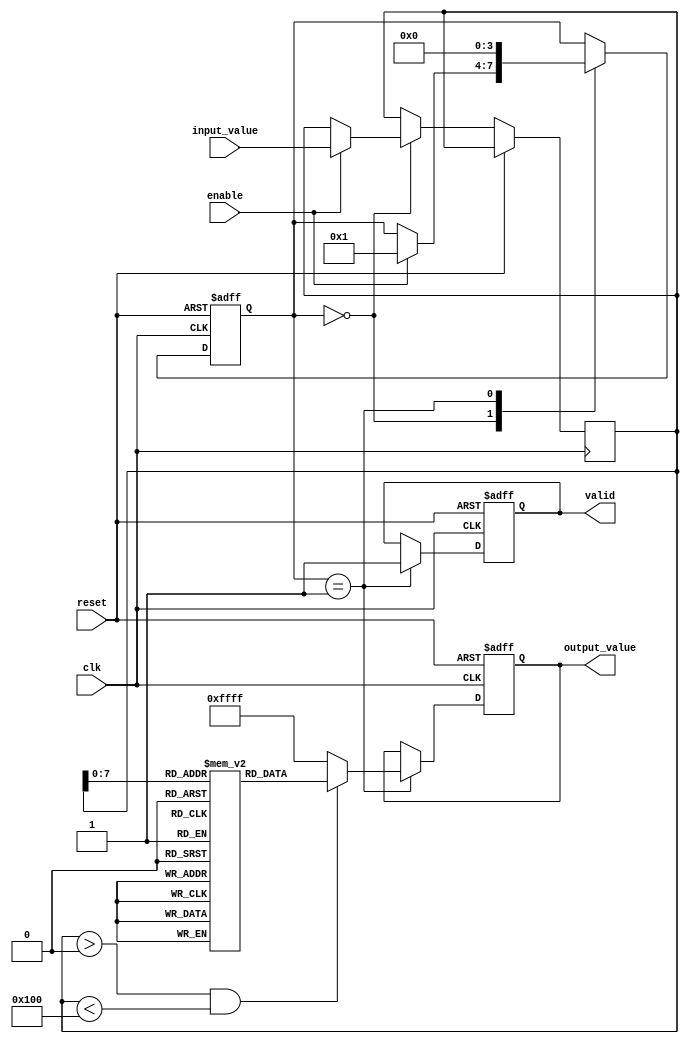
module LogarithmicUnit (
    input wire clk,
    input wire reset,
    input wire enable,
    input wire [15:0] input_value, // 16-bit fixed-point input
    output reg [15:0] output_value, // 16-bit fixed-point output
    output reg valid // Signal to indicate valid output
);

    // Internal states
    reg [15:0] input_buffer;
    reg [3:0] state; // State machine for control
    reg [15:0] log_table [0:255]; // Lookup table for log values (base 2)

    // Initialize the logarithm lookup table
    initial begin
        // Populate the log_table with precomputed values
        // Example: log_table[0] = 0, log_table[1] = 0, log_table[2] = 1, ...
        // This should be filled with actual logarithm values for base 2
        // For simplicity, we will just initialize a few values
        log_table[0] = 16'h0000; // log(1) = 0
        log_table[1] = 16'h0000; // log(0) is undefined, handle separately
        log_table[2] = 16'h0001; // log(2) = 1
        log_table[3] = 16'h0001; // log(3) ~ 1.585
        log_table[4] = 16'h0002; // log(4) = 2
        // Continue filling the table...
    end

    // State machine for processing
    always @(posedge clk or posedge reset) begin
        if (reset) begin
            state <= 0;
            output_value <= 16'h0000;
            valid <= 0;
        end else begin
            case (state)
                0: begin // Idle state
                    if (enable) begin
                        input_buffer <= input_value;
                        state <= 1; // Move to compute state
                    end
                end
                1: begin // Compute state
                    if (input_buffer > 0 && input_buffer < 256) begin
                        output_value <= log_table[input_buffer]; // Lookup value
                        valid <= 1; // Indicate valid output
                    end else begin
                        output_value <= 16'hFFFF; // Error value for invalid input
                        valid <= 1; // Indicate valid output
                    end
                    state <= 0; // Return to idle state
                end
            endcase
        end
    end

endmodule